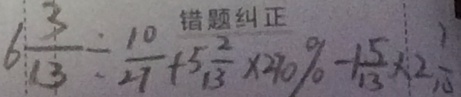
6 \frac { 3 } { 1 3 } \div \frac { 1 0 } { 2 7 } + 5 \frac { 1 3 } { 2 } \times 2 7 0 \% - 1 \frac { 5 } { 1 3 } \times 2 \frac { 7 } { 1 0 }